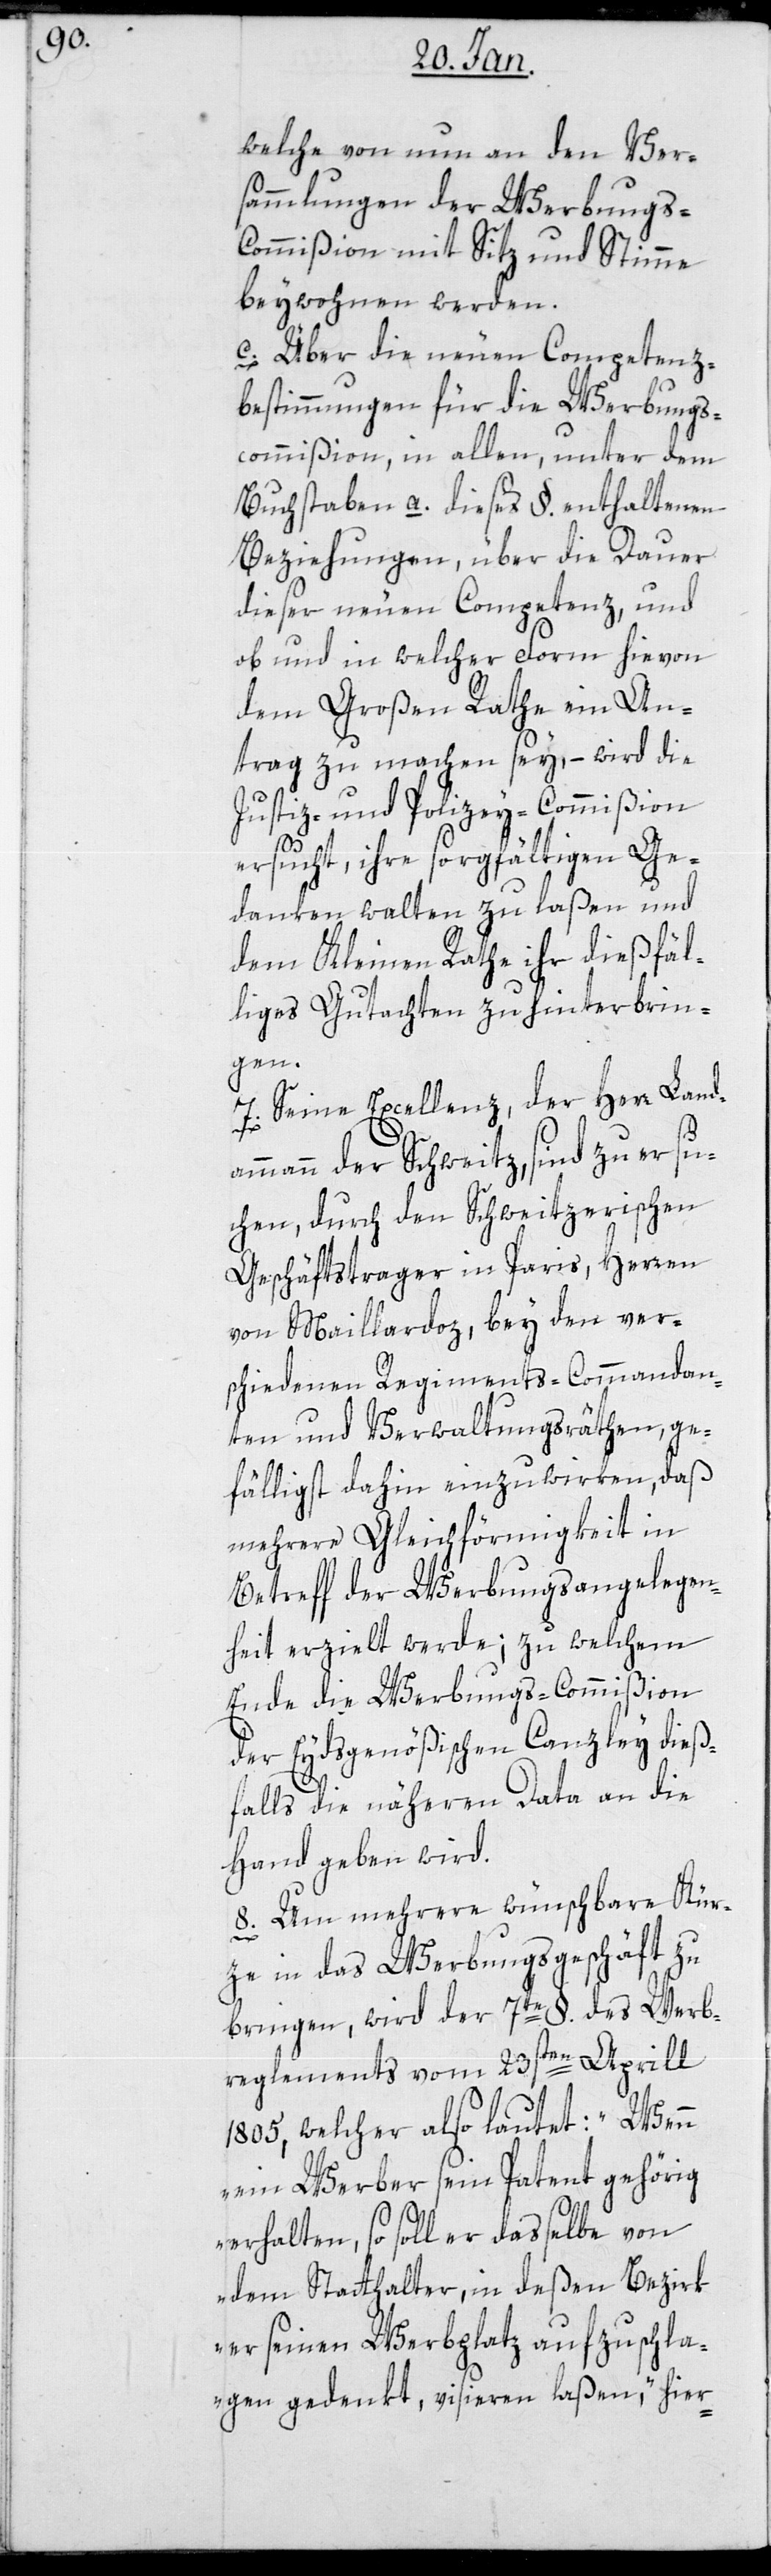
welche von nun an den Ver¬
sammlungen der Werbungs-C¬
ommißion mit Sitz und Stimme
beywohnen werden.
c. Über die neuen Competenz-B¬
estimmungen für die Werbungs¬
commißion, in allen unter dem
Buchstaben a. dieses §. enthaltenen
Beziehungen, über die Dauer
dieser neuen Competenz, und
ob und in welcher Form hievon
dem großen Rathe ein An¬
trag zu machen sey, – wird die
Justiz- und Polizey-Commißion
ersucht, ihre sorgfältigen Ge¬
danken walten zu laßen, und
dem Kleinen Rathe ihr dießfäl¬
liges Gutachten zu hinterbrin¬
gen.
7. Seine Excellenz der Herr Landam¬
mann der Schweitz, sind zu ers¬
uchen, durch den Schweitzerischen
Geschäftstrager in Paris, Herren
von Maillardoz, bey den ver¬
schiedenen Regiments-Commandan¬
ten und Verwaltungsräthen, ge¬
fälligst dahin einzuwirken, daß
mehrere Gleichförmigkeit in
Betreff der Werbungsangelegen¬
heit erzielt werde; zu welchem
Ende die Werbungs-Commißion
der eydsgenößischen Canzley dies¬
falls die näheren Data an die
Hand geben wird.
8. Um mehrere wünschbare Kür¬
ze in das Werbungsgeschäft zu
bringen, wird der 7te § des Werb¬
reglements vom 23sten April
1805, welcher also lautet: „Wenn
ein Werber sein Patent gehörig
erhalten, so soll er dasselbe von
dem Statthalter, in deßen Bezirk
er seinen Werbplatz aufzuschla¬
gen gedenkt, visieren laßen“, hier-